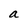
Character: a